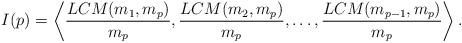
LaTeX: \begin{align*}I(p) = \left\langle \frac{LCM(m_1,m_p)}{m_p}, \frac{LCM(m_2,m_p)}{m_p}, \ldots, \frac{LCM(m_{p-1},m_p)}{m_p}\right\rangle.\end{align*}